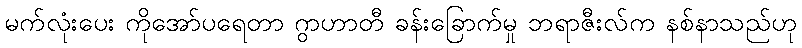
မက်လုံးပေး ကိုအော်ပရေတာ ဂွာဟာတီ ခန်းခြောက်မှု ဘရာဇီးလ်က နစ်နာသည်ဟု